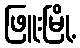
ဖြူးမြို့